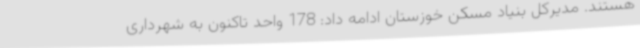
هستند. مدیرکل بنیاد مسکن خوزستان ادامه داد: 178 واحد تاکنون به شهرداری